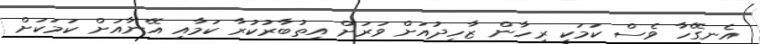
އެނގޭހާ ވެސް ކަމަކީ ރިހާން ޒާހިދުއަށް ވަރަށް އިތުބާރުކުރާ ކަމާއި އޭނާއަށް ކަމަކަށް